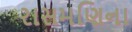
રાસમણિના